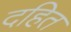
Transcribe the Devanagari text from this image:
दहित